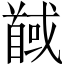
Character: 馘